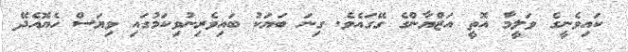
ކައިވެނީގެ ވަލީމާ އޮތީ އަޒްޔާންގެ ގޭގައެވެ. ގިނަ ބަޔަކު ބައިވެރިނުވިކަމުގައި ވިޔަސް ހެޔޮއެދޭ